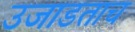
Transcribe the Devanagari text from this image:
उजाडताच